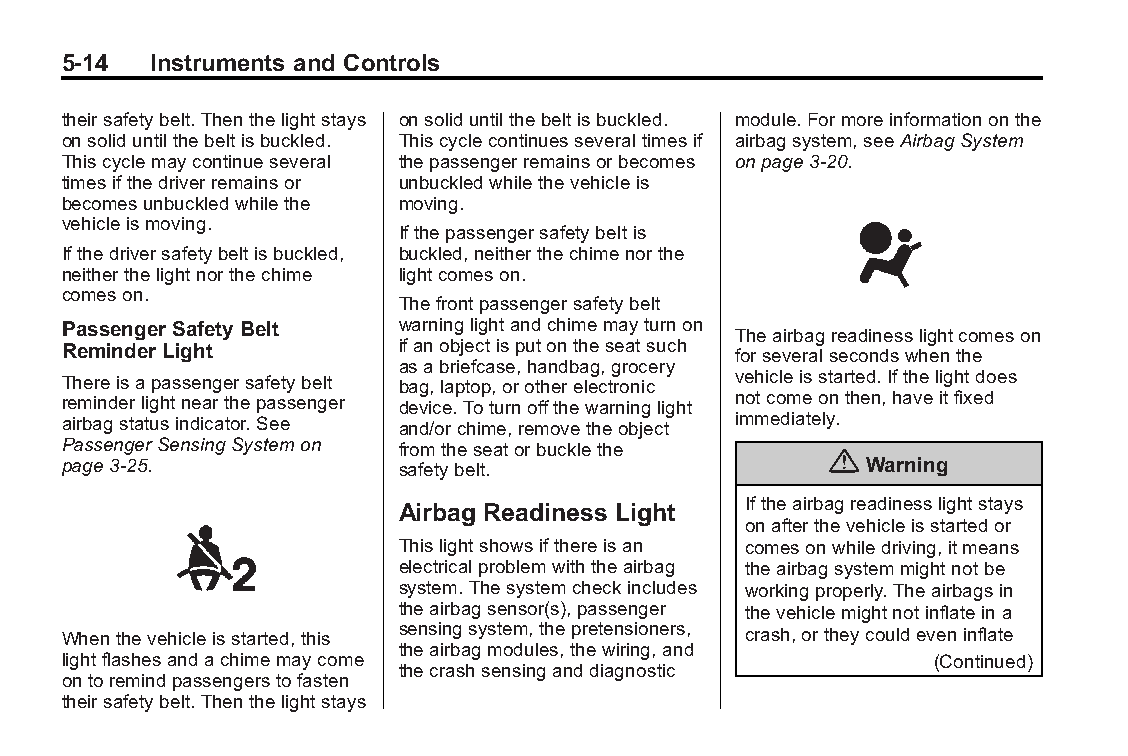
Buick LaCrosse Owner Manual (GMNA-Localizing-U.S./Canada/Mexico- Blackplate(14,1)
 6043609)-2014-2ndEdition-10/17/13
 5-14  Instruments and Controls
 theirsafetybelt.Thenthelightstays onsoliduntilthebeltisbuckled. module.Formoreinformationonthe
 onsoliduntilthebeltisbuckled. Thiscyclecontinuesseveraltimesif airbagsystem,seeAirbagSystem
 Thiscyclemaycontinueseveral thepassengerremainsorbecomes onpage3-20.
 timesifthedriverremainsor unbuckledwhilethevehicleis
 becomesunbuckledwhilethe moving.
 vehicleismoving.
 Ifthepassengersafetybeltis
 Ifthedriversafetybeltisbuckled, buckled,neitherthechimenorthe
 neitherthelightnorthechime lightcomeson.
 comeson.
 Thefrontpassengersafetybelt
 Passenger Safety Belt warninglightandchimemayturnon
 Theairbagreadinesslightcomeson
 Reminder Light        ifanobjectisputontheseatsuch forseveralsecondswhenthe
 asabriefcase,handbag,grocery
 Thereisapassengersafetybelt bag,laptop,orotherelectronic vehicleisstarted.Ifthelightdoes
 reminderlightnearthepassenger device.Toturnoffthewarninglight notcomeonthen,haveitfixed
 airbagstatusindicator.See and/orchime,removetheobject immediately.
 PassengerSensingSystemon fromtheseatorbucklethe
 {
 page3-25.             safetybelt.                    Warning
 Iftheairbagreadinesslightstays
 Airbag Readiness Light
 onafterthevehicleisstartedor
 Thislightshowsifthereisan comesonwhiledriving,itmeans
 electricalproblemwiththeairbag theairbagsystemmightnotbe
 system.Thesystemcheckincludes workingproperly.Theairbagsin
 theairbagsensor(s),passenger thevehiclemightnotinflateina
 Whenthevehicleisstarted,this sensingsystem,thepretensioners, crash,ortheycouldeveninflate
 theairbagmodules,thewiring,and
 lightflashesandachimemaycome                              (Continued)
 thecrashsensinganddiagnostic
 ontoremindpassengerstofasten
 theirsafetybelt.Thenthelightstays